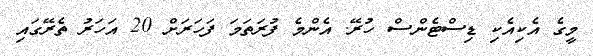
މީގެ އެކިއެކި ޑިސްޓެންސް ހުރޭ. އެންމެ ފުރަތަމަ ފަހަރަށް 20 އަހަރު ތެރޭގައި